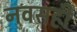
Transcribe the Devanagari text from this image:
नवसही